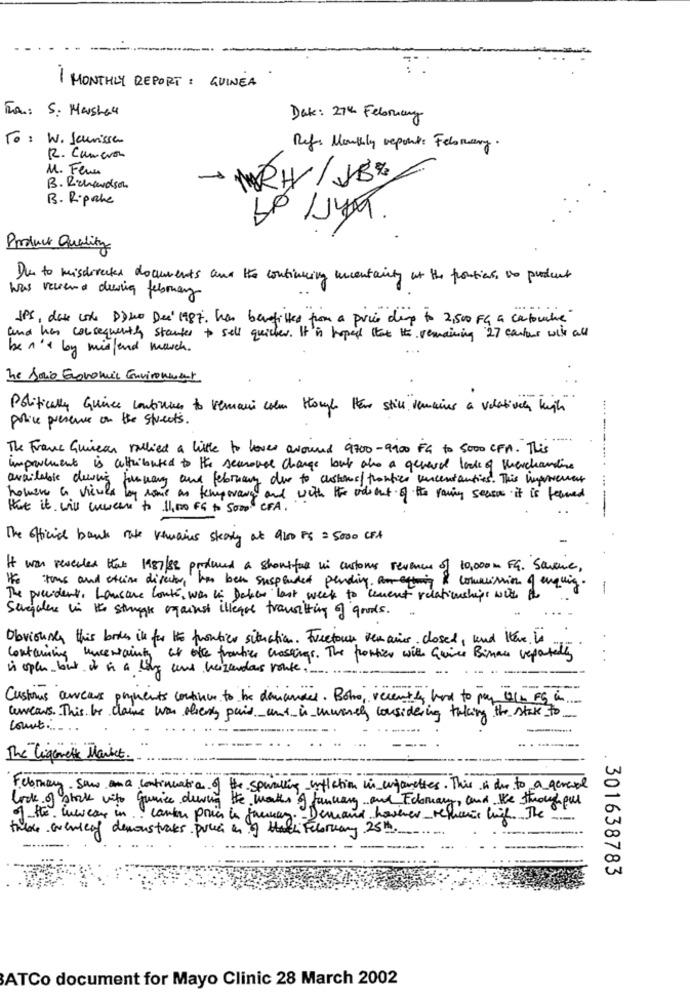
I MONTHLY REPORT : GUINEA
Fra: S. Marshal
Date: 27th February
To: W. Jaunisse
Ref. Monthly report: February.
R. Camera
M. Fem
- MRH/JB*
B. Richardson
B. R.pake
Product Quality
Due to misdirected documents and Ho continuing uncertainty at the frontier as product
was versand dewing february
JPs, das cole D)wo Dec 1987. has benefitles from a price drop to 2,500 FG a cabouche
and has consequently starter to sell quicker. It's hoped that the remaining 27 cartous with all
be n'a boy misfend march.
he Socio Economic Environment
Politically Quince continues to remani cola Hough Here still semaines a volativaley high
police presence on the streets.
The Franc Guinean rallied a little to lover around 9700 -9900 FG to 5000 CFA. This
improvement is attributed to the seasonal change but also a general look of merchandise
available devie jaswany aux february dur to askine/frontier uncentauties. This inerneuert
homero a viewla
by some an temporary and with the odrent of the raing secon it is formed
that it will curcum to 11,00 FG to 5000 CFA.
The official bank rate remains story at 900 Fs = 5000 CFA
It was revealed that 1987/88 produced a shortfus in customs revenues of 10,000m FG. Savane,
the tous and steine director, has been suspended pending. Por eching
comunsission of enguing.
-
The president. Lausare Coute, was in Dakar last week to levent relationships with the
Sagales in the struggle against illeque transitting of goods.
Obviously this books in for the frontier situation. Freetour remains closed, and there is
Containing uncertainty at ote frontier crossings. The porties with Quince Binare reportedly
. ..
is open-but it is a long und herzendas vonte.
Customs areaus payments continue to be demander. Bobo, recently hard to pay ulb FG in ...
cerveaus. This be claws was chery pain and in muwaney considering taking the stake to
count ....
The Tigerett Market.
February saw na continuation of the spwalking inflation in unjamettes. This is due to a general
look of stock vito gunice dewing the walls of January and Fdomary, and the throughput
of HG. iwear in .. canker pour le jaunay." Demand however retheir big. The
there wereof demonstrates pucca on of Hat February 25th.
. 301638783
ATCo document for Mayo Clinic 28 March 2002